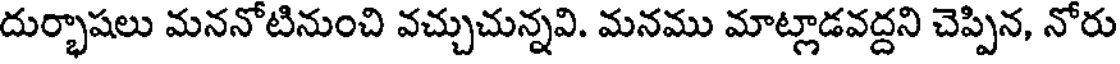
దుర్భాషలు మననోటినుంచి వచ్చుచున్నవి. మనము మాట్లాడవద్దని చెప్పిన, నోరు